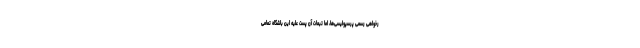
رخواهی رسمی پرسپولیسی‌ها، اما تبعات آن پست علیه این باشگاه تمامی